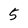
Character: 5